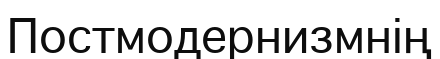
Постмодернизмнің